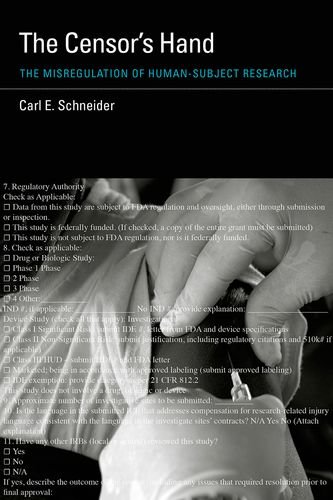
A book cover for The Censor's Hand: The Misregulation of Human-Subject Research (Basic Bioethics); Carl E. Schneider; Law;